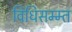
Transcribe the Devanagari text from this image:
विधिसम्म्त